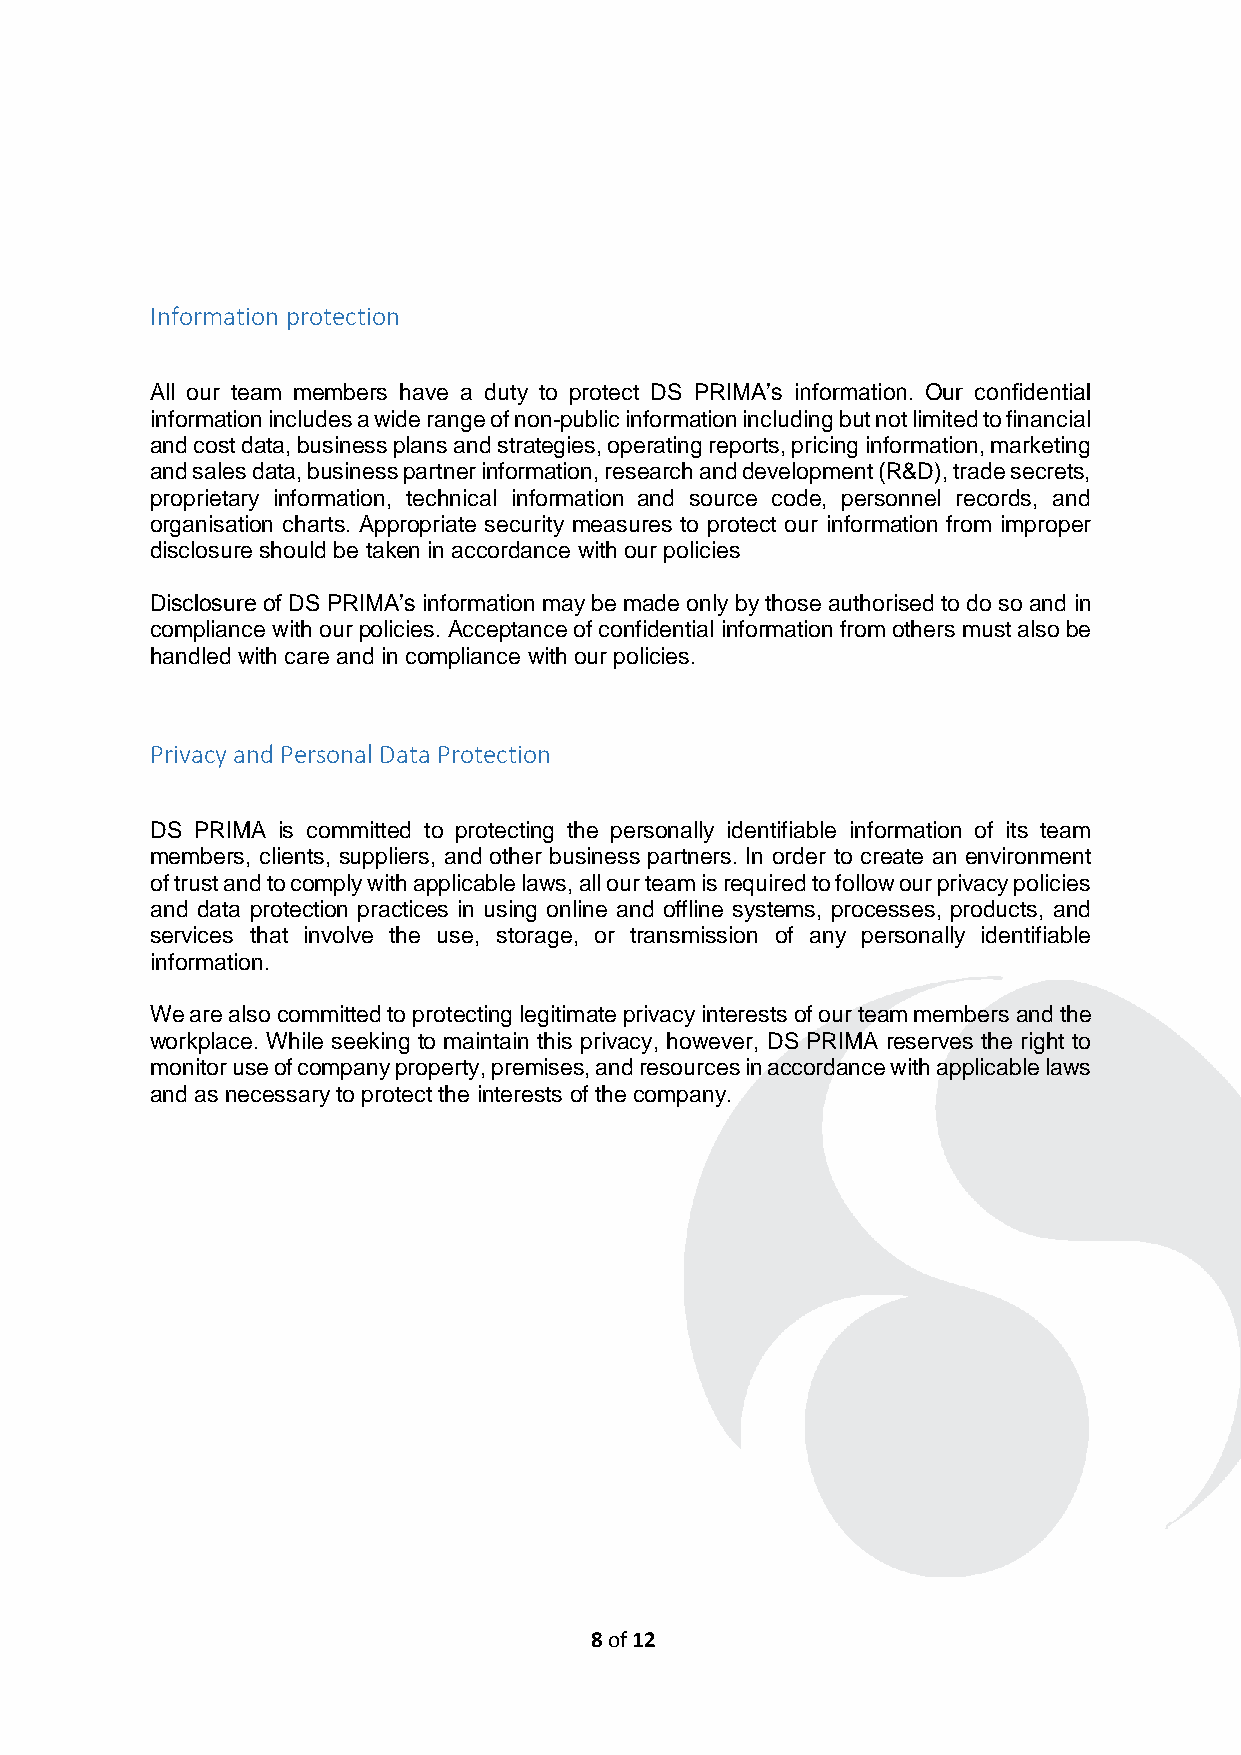
Information protection
 All our team members have a duty to protect DS PRIMA’s information. Our confidential
 information includes a wide range of non-public information including but not limited to financial
 and cost data, business plans and strategies, operating reports, pricing information, marketing
 and sales data, business partner information, research and development (R&D), trade secrets,
 proprietary information, technical information and source code, personnel records, and
 organisation charts. Appropriate security measures to protect our information from improper
 disclosure should be taken in accordance with our policies
 Disclosure of DS PRIMA’s information may be made only by those authorised to do so and in
 compliance with our policies. Acceptance of confidential information from others must also be
 handled with care and in compliance with our policies.
 Privacy and Personal Data Protection
 DS PRIMA is committed to protecting the personally identifiable information of its team
 members, clients, suppliers, and other business partners. In order to create an environment
 of trust and to comply with applicable laws, all our team is required to follow our privacy policies
 and data protection practices in using online and offline systems, processes, products, and
 services that involve the use, storage, or transmission of any personally identifiable
 information.
 We are also committed to protecting legitimate privacy interests of our team members and the
 workplace. While seeking to maintain this privacy, however, DS PRIMA reserves the right to
 monitor use of company property, premises, and resources in accordance with applicable laws
 and as necessary to protect the interests of the company.
 8 of 12